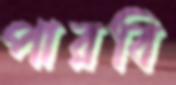
পারবি